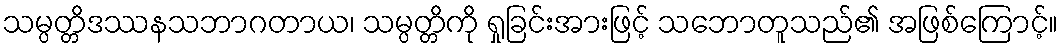
သမ္ပတ္တိဒဿနသဘာဂတာယ၊ သမ္ပတ္တိကို ရှုခြင်းအားဖြင့် သဘောတူသည်၏ အဖြစ်ကြောင့်။